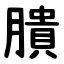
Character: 膭